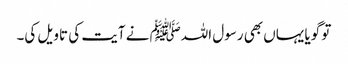
تو گویا یہاں بھی رسول اللہﷺ نے آیت کی تاویل کی۔